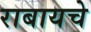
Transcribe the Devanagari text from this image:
राबायचे